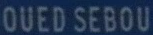
OUEDSEBOU